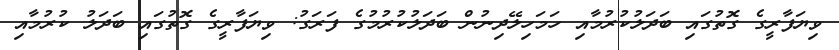
ވިޔަފާރީގެ ގޮތުގައި ބަދަލުކުރުމާއި ހަމަހިލޭދިނުން ބަދަލުކުރުމުގެ ފަރަގު: ވިޔަފާރީގެ ގޮތުގައި ބަދަލު ކުރުމާއި